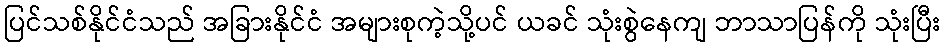
ပြင်သစ်နိုင်ငံသည် အခြားနိုင်ငံ အများစုကဲ့သို့ပင် ယခင် သုံးစွဲနေကျ ဘာသာပြန်ကို သုံးပြီး